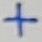
Text: +